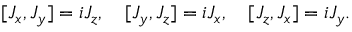
[ J _ { x } , J _ { y } ] = i J _ { z } , \quad [ J _ { y } , J _ { z } ] = i J _ { x } , \quad [ J _ { z } , J _ { x } ] = i J _ { y } .